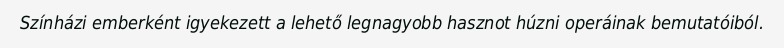
Színházi emberként igyekezett a lehető legnagyobb hasznot húzni operáinak bemutatóiból.